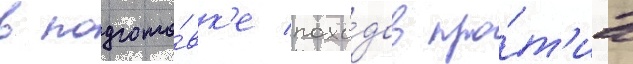
в подгото́вк'е похо́дов про́т'ив